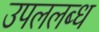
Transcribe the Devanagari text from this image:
उपललब्ध